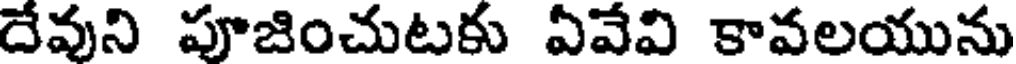
దేవుని పూజించుటకు ఏవేవి కావలయును